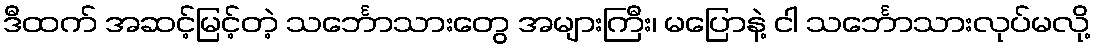
ဒီထက် အဆင့်မြင့်တဲ့ သင်္ဘောသားတွေ အများကြီး၊ မပြောနဲ့ ငါ သင်္ဘောသားလုပ်မလို့